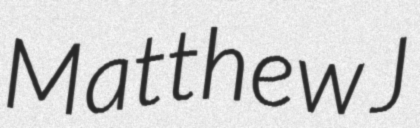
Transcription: Matthew J